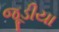
જૂડીયા